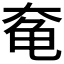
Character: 𱍃